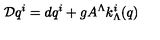
{ \cal D } q ^ { i } = d q ^ { i } + g A ^ { \Lambda } k _ { \Lambda } ^ { i } ( q )